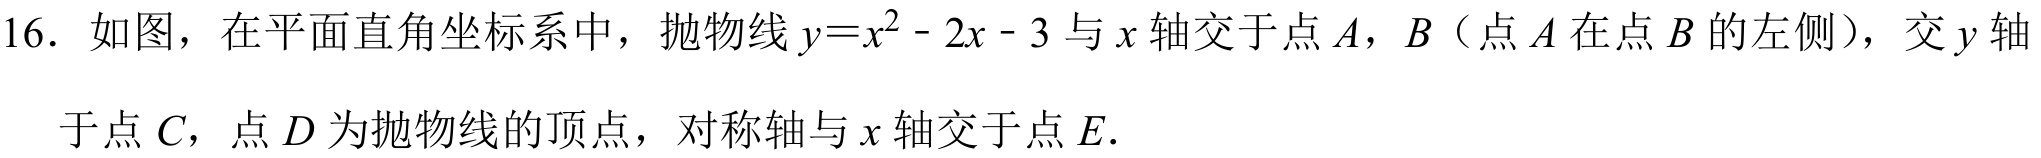
16. 如图，在平面直角坐标系中，抛物线\(y = x^{2}-2x - 3\)与\(x\)轴交于点\(A\)，\(B\)（点\(A\)在点\(B\)的左侧），交\(y\)轴
于点\(C\)，点\(D\)为抛物线的顶点，对称轴与\(x\)轴交于点\(E\).